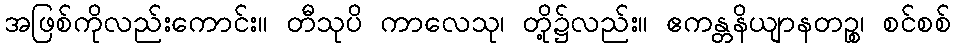
အဖြစ်ကိုလည်းကောင်း။ တီသုပိ ကာလေသု၊ တို့၌လည်း။ ဧကန္တနိယျာနတဉ္စ၊ စင်စစ်